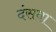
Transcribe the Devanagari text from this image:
दंसवा